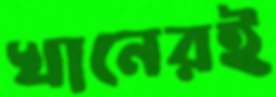
খানেরই